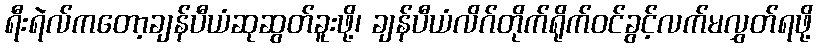
ရီးရဲလ်ကတော့ချန်ပီယံဆုဆွတ်ခူးဖို့၊ ချန်ပီယံလိဂ်တိုက်ရိုက်ဝင်ခွင့်လက်မလွှတ်ရဖို့